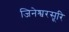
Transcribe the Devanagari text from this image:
जिनेश्वरसूरि